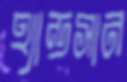
হ্যান্ডসান